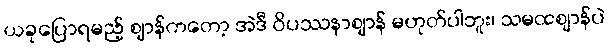
ယခုပြောရမည့် ဈာန်ကတော့ အဲဒီ ဝိပဿနာဈာန် မဟုတ်ပါဘူး၊ သမထဈာန်ပဲ